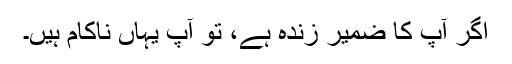
اگر آپ کا ضمیر زندہ ہے، تو آپ یہاں ناکام ہیں۔